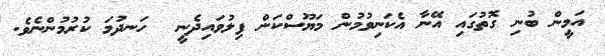
އަމީން ބުނި ގޮތުގައި އޭނާ އެކަނިވުމުން މަޔޫސްކަން ފިލުުވައިދެނީ  ހަނދުމަ ކުރުމުންނެވެ.